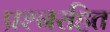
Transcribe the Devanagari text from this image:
प्रश्नरहित